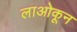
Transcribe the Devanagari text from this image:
लाओकून